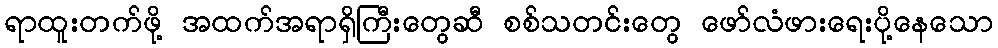
ရာထူးတက်ဖို့ အထက်အရာရှိကြီးတွေဆီ စစ်သတင်းတွေ ဖော်လံဖားရေးပို့နေသော